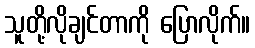
သူတို့လိုချင်တာကို ပြောလိုက်။